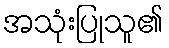
အသုံးပြုသူ၏